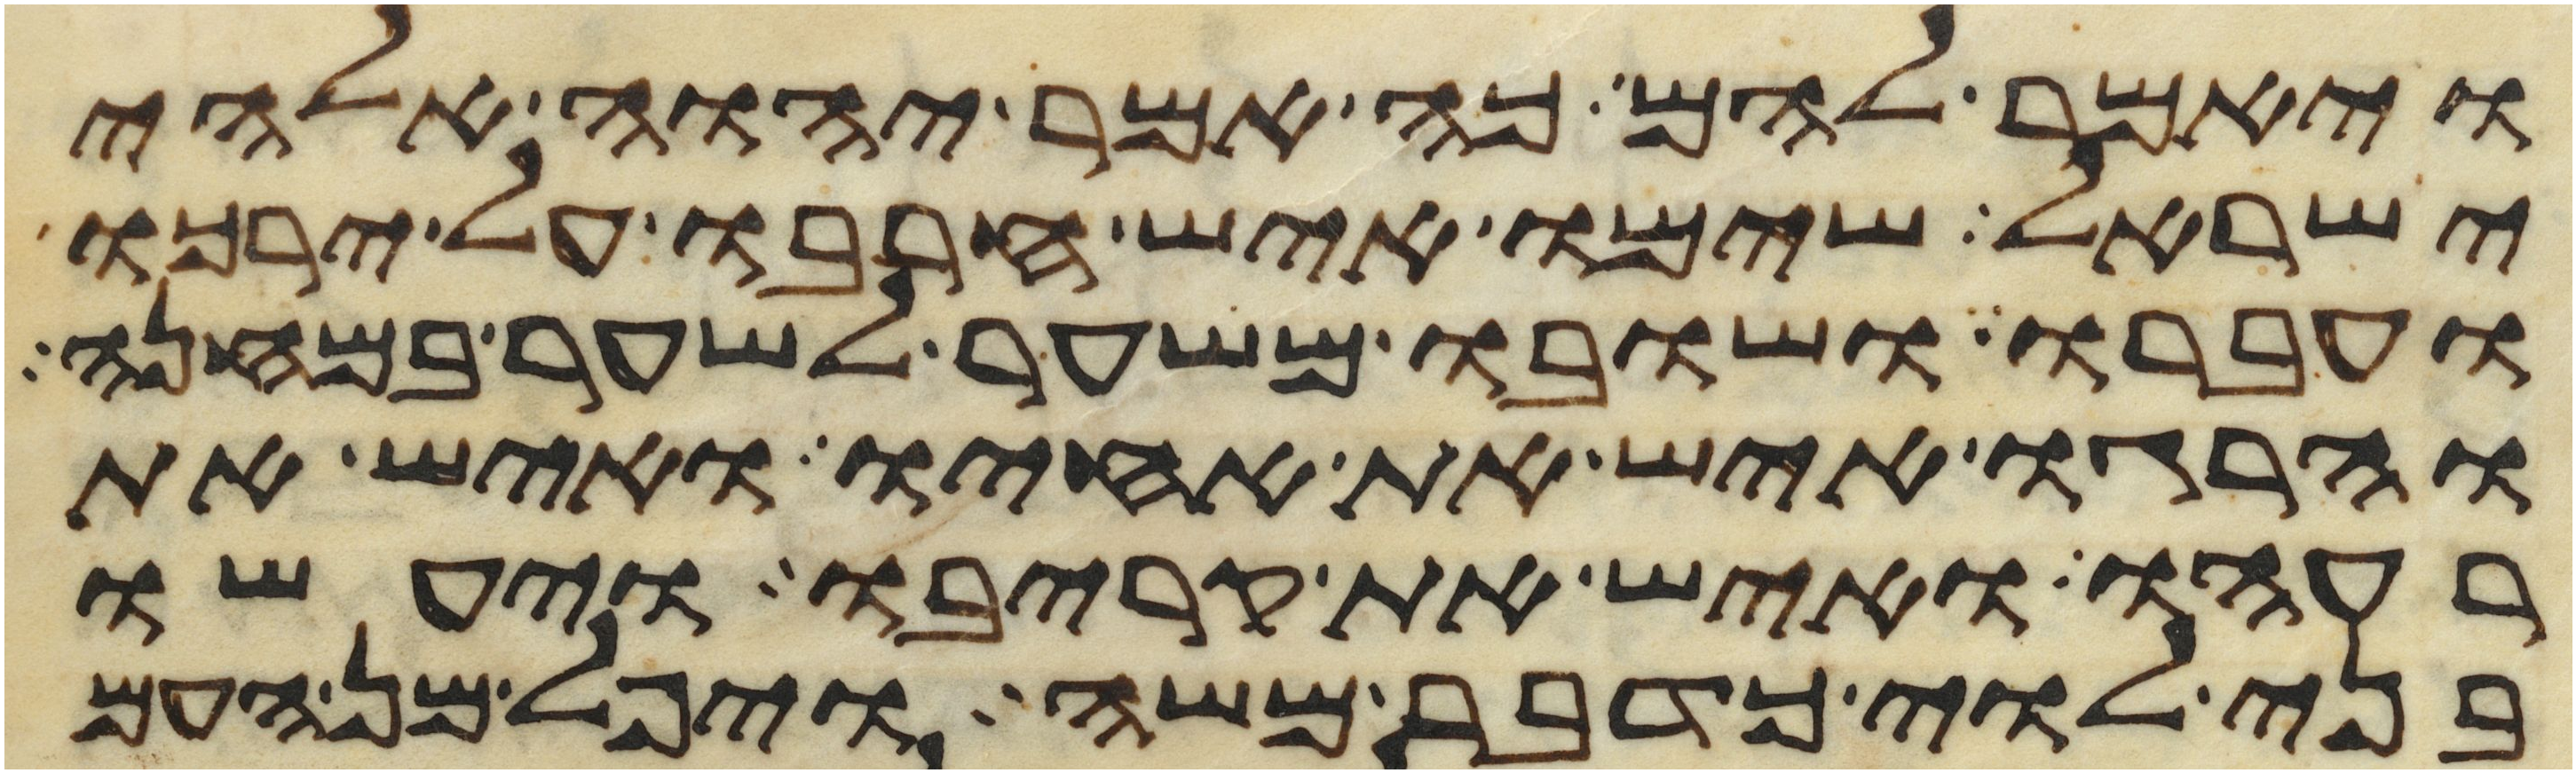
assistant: ויאמר להם כה אמר יהוה אלהי
ישראל שימו איש חרבו על ירכו
ועברו ושובו משער לשער במחנה
והרגו איש את אחיו ואיש את
רעהו ואיש את קריבו ויעשו
בני לוי כדבר משה ויפל מן העם